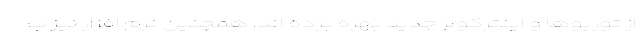
از توربوها و اینترکولر جدید بهره برده اند. همچنین نرم افزار نیز ب